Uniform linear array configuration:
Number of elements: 8
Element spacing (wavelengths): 0.5
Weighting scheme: uniform
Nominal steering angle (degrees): -60
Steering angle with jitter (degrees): -59.862
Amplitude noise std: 0.05
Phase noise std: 0.05

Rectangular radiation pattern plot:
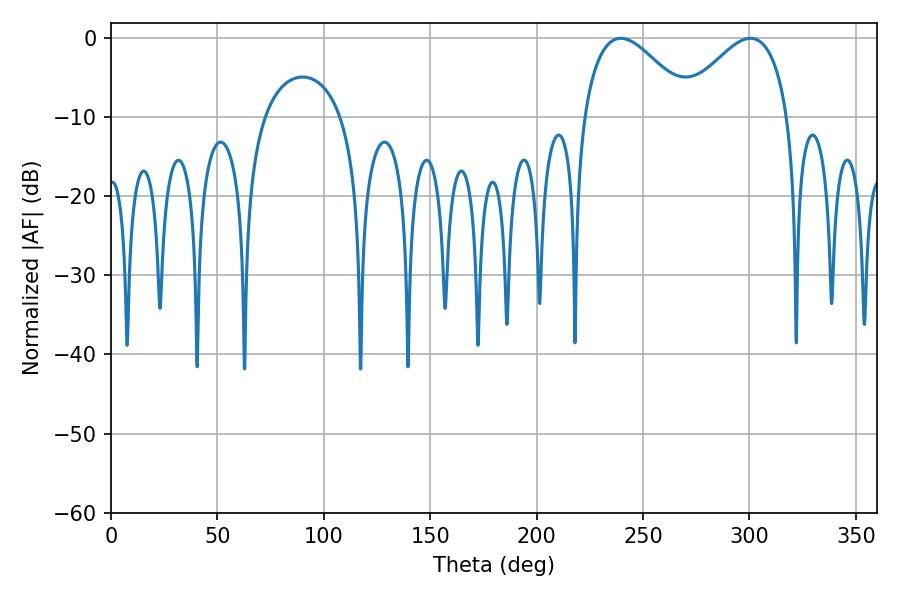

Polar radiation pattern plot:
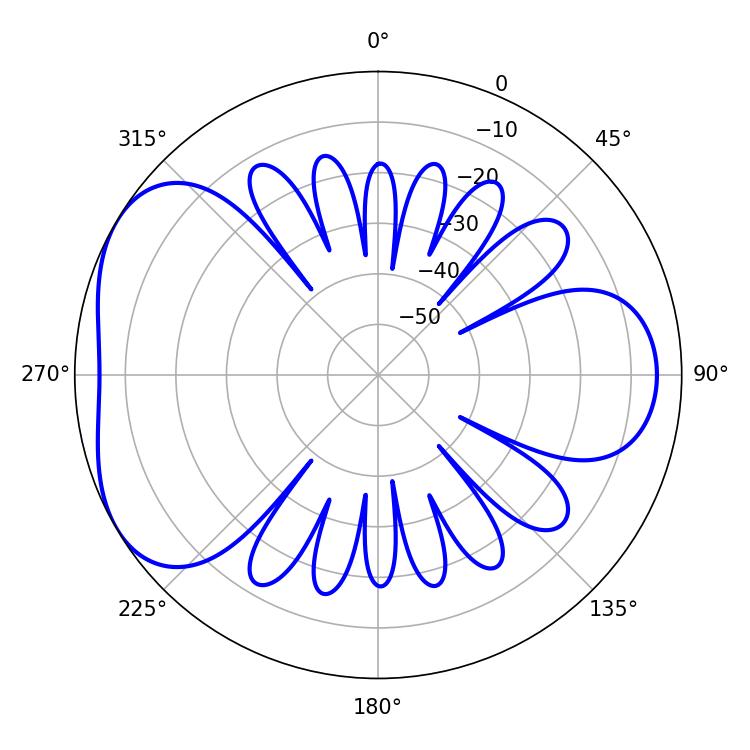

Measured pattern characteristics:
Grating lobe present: FALSE
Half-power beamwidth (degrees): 27.72
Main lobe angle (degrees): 239.58